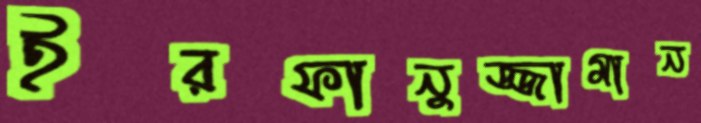
ইরফানুজ্জামান